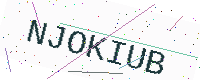
Text: NJOKIUB